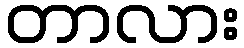
တာလား